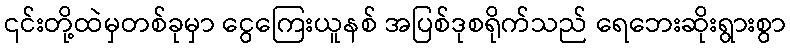
၎င်းတို့ထဲမှတစ်ခုမှာ ငွေကြေးယူနစ် အပြစ်ဒုစရိုက်သည် ရေဘေးဆိုးရွားစွာ